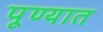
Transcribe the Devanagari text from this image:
पूण्यात